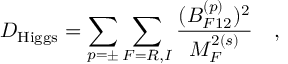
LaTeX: D _ { \mathrm { H i g g s } } = \sum _ { p = \pm } \sum _ { F = R , I } { \frac { ( B _ { F 1 2 } ^ { ( p ) } ) ^ { 2 } } { M _ { F } ^ { 2 ( s ) } } } ~ ~ ~ ,